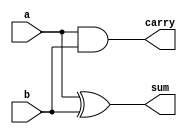
module half_adder_sturctural(
	input a,
	input b,
	output sum,
	output carry
	);
	
	xor XOR1 (sum,a,b);
	and AND1 (carry,a,b);
endmodule